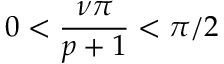
0 < \displaystyle \frac { \nu \pi } { p + 1 } < \pi / 2